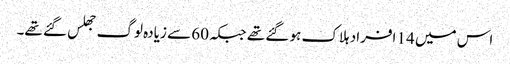
اس میں 14 افراد ہلاک ہو گئے تھے جبکہ 60 سے زیادہ لوگ جھلس گئے تھے۔